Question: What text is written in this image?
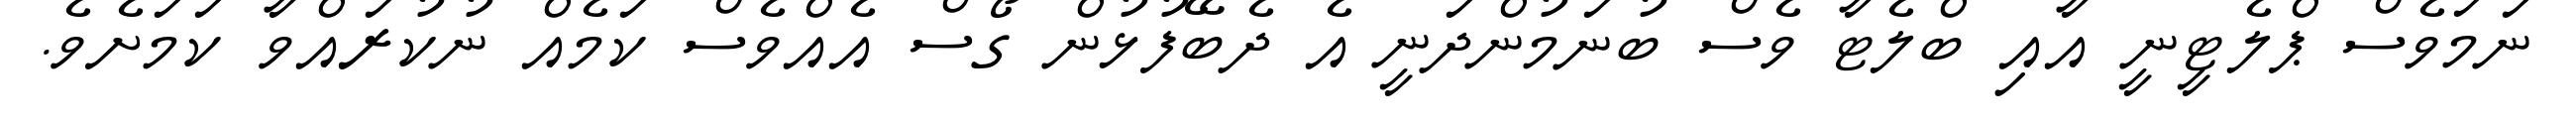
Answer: ނަމަވެސް ޕްލެޓީނީ އާއި ބްލެޓާ ވެސް ބުނަމުންދަނީ އެ ދެބޭފުޅުން ގޯސް އެއްވެސް ކަމެއް ނުކުރައްވާ ކަމަށެވެ.